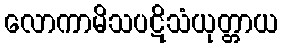
လောကာမိသပဋိသံယုတ္တာယ